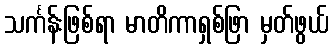
သင်္ကန်းဖြစ်ရာ မာတိကာရှစ်ဖြာ မှတ်ဖွယ်